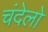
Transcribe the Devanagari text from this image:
चंदेलो